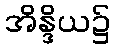
အိန္ဒိယ၌